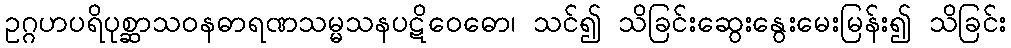
ဥဂ္ဂဟပရိပုစ္ဆာသဝနဓာရဏသမ္မသနပဋိဝေဓော၊ သင်၍ သိခြင်းဆွေးနွေးမေးမြန်း၍ သိခြင်း